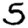
Digit: 5